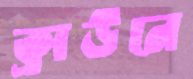
ক্রাউনে